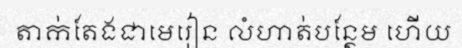
តាក់តែងជាមេរៀន លំហាត់បន្ថែម ហើយ